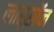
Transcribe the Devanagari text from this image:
लार्सॉन